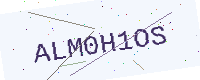
Text: ALM0H1OS